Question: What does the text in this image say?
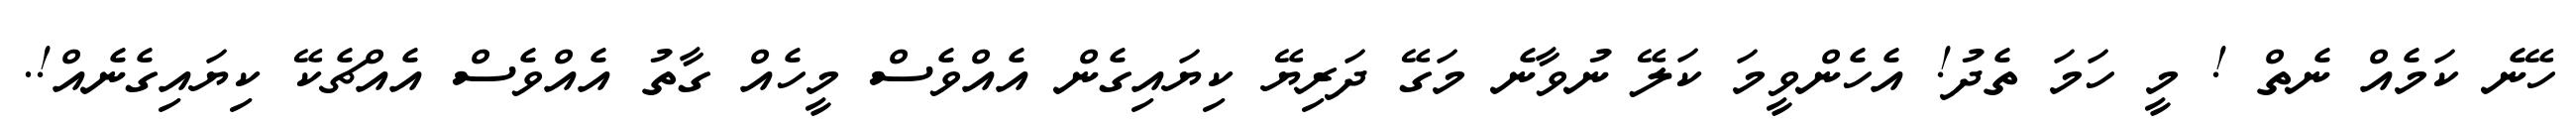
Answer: ހޭނެ ކަމެއް ނެތް ! މީ ހަމަ ތެދު! އެހެންވީމަ ކަލޭ ނުވާނެ މަގޭ ދަރިޔޭ ކިޔައިގެން އެއްވެސް މީހެއް ގާތު އެއްވެސް އެއްޗެކޭ ކިޔައިގެނެއް!.